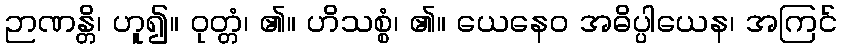
ဉာဏန္တိ၊ ဟူ၍။ ဝုတ္တံ၊ ၏။ ဟိသစ္စံ၊ ၏။ ယေနေဝ အဓိပ္ပါယေန၊ အကြင်